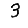
Digit: 3